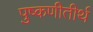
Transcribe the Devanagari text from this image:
पुष्कणीतीर्थ